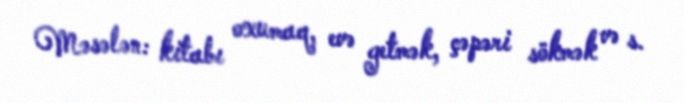
Məsələn: kitabı oxumaq, evə getmək, çəpəri sökmək və s.